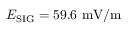
E _ { \mathrm { S I G } } = 5 9 . 6 ~ \mathrm { m V / m }